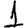
Digit: 1